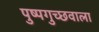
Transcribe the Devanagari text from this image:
पुष्पगुच्छवाला